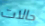
حالات